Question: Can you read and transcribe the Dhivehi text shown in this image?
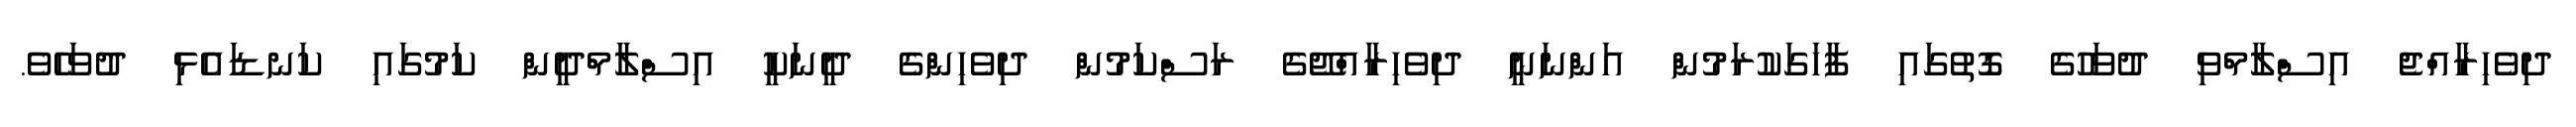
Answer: ދިވެހިރާއްޖެ އިސްލާމްވި ދުވަހުގެ ގޮތުގައި ފާހަގަކުރަމުން އަންނަނީ ދިވެހިރާއްޖޭގެ ރަސްކަމުން ދިވެހިންގެ ދީނަކީ އިސްލާމްދީން ކަމުގައި ކަނޑައެޅި ދުވަހެވެ.